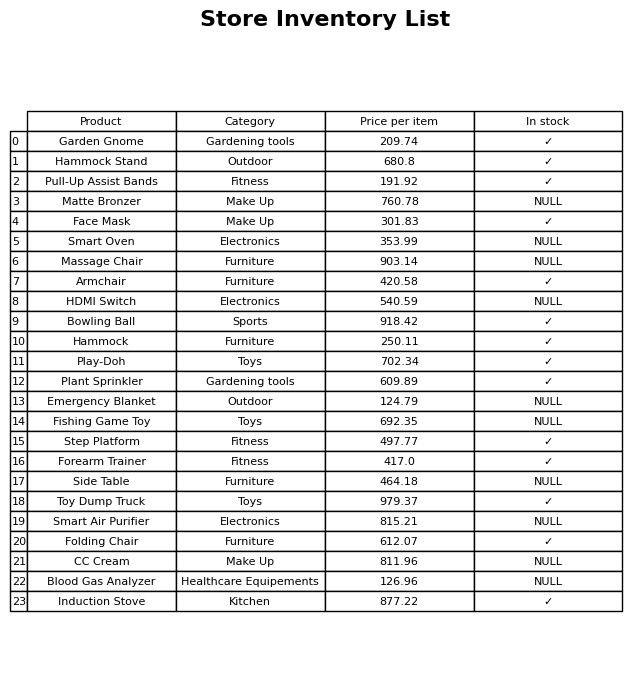
question: What is the price of the Toy Dump Truck?
answer: The price of Toy Dump Truck is 979.37.